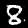
Label: 8